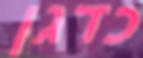
כדגן